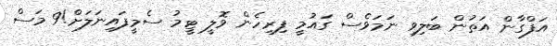
އަފްގާން އަތުން ބަލިވި ނަމަވެސް ގައުމީ ފިރިހެން ވޮލީ ޓީމު ސެމީފައިނަލަށް!9 މަސް